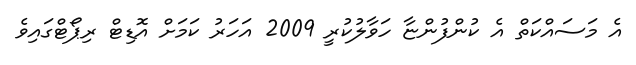
އެ މަސައްކަތް އެ ކުންފުންޏާ ހަވާލުކުރީ 2009 އަހަރު ކަމަށް އޮޑިޓް ރިޕޯޓްގައިވެ